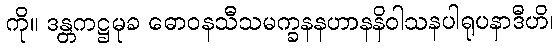
ကို။ ဒန္တကဋ္ဌမုခ ဓောဝနသီသမက္ခနနဟာနနိဝါသနပါရုပနာဒီဟိ၊